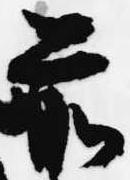
前